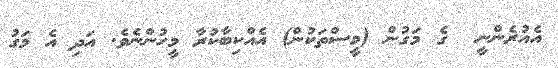
އެއުރެންނީ  ގެ މަގުން (މީސްތަކުން) އެއްކިބާކުރާ މީހުންނެވެ. އަދި އެ މަގު